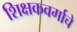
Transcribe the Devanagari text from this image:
शिक्षकवर्गाचे